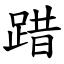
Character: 踖